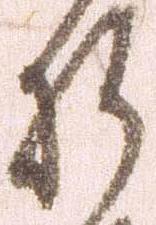
折